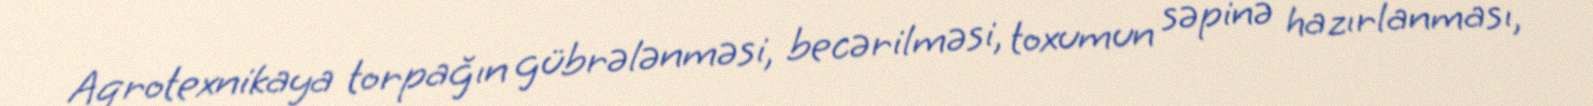
Aqrotexnikaya torpağın gübrələnməsi, becərilməsi, toxumun səpinə hazırlanması,